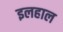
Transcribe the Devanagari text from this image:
इलहाल